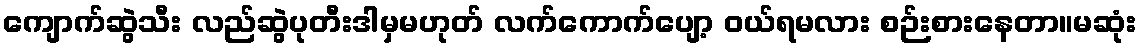
ကျောက်ဆွဲသီး လည်ဆွဲပုတီးဒါမှမဟုတ် လက်ကောက်ပျော့ ဝယ်ရမလား စဉ်းစားနေတာ။မဆုံး